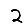
Digit: 2